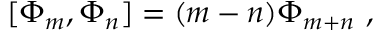
[ \Phi _ { m } , \Phi _ { n } ] = ( m - n ) \Phi _ { m + n } ~ ,